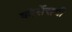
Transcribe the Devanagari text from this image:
कोर्सेसची